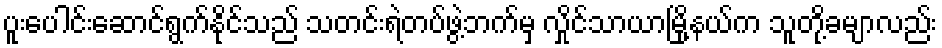
ပူးပေါင်းဆောင်ရွက်နိုင်သည် သတင်းရဲတပ်ဖွဲ့ဘက်မှ လှိုင်သာယာမြို့နယ်က သူတို့ခမျာလည်း